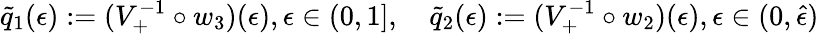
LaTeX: \begin{array}{r}{\tilde{q}_{1}(\epsilon):=(V_{+}^{-1}\circ w_{3})(\epsilon),\epsilon\in(0,1],\quad\tilde{q}_{2}(\epsilon):=(V_{+}^{-1}\circ w_{2})(\epsilon),\epsilon\in(0,\hat{\epsilon})}\end{array}